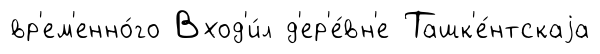
вр'ем'енно́го Вход'и́л д'ер'е́вн'е Ташк'е́нтскаjа